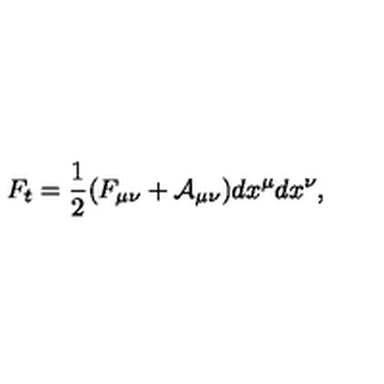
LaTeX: F _ { t } = \frac { 1 } { 2 } ( F _ { \mu \nu } + { \cal A } _ { \mu \nu } ) d x ^ { \mu } d x ^ { \nu } ,